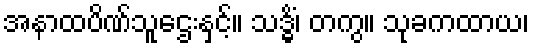
အနာထပိဏ်သူဌေးနှင့်။ သဒ္ဓိံ၊ တကွ။ သုခကထာယ၊